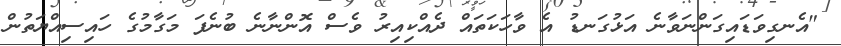
"އެނގިވަޑައިގަންނަވާނެ އަޅުގަނޑު އެ ވާހަކަތައް ދެއްކިއިރު ވެސް އޮންނާނެ ބުނެފަ މަގާމުގެ ހައިސިއްޔަތުން